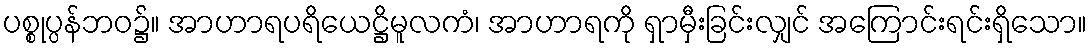
ပစ္စုပ္ပန်ဘဝ၌။ အာဟာရပရိယေဋ္ဌိမူလကံ၊ အာဟာရကို ရှာမှီးခြင်းလျှင် အကြောင်းရင်းရှိသော။